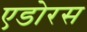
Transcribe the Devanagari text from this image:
एडोरस